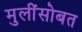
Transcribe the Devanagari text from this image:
मुलींसोबत